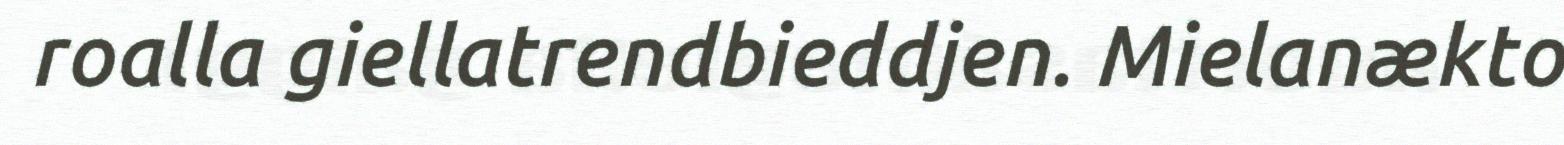
roalla giellatrendbieddjen. Mielanækto